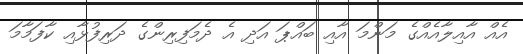
އެއް އާއިލާއެއްގެ މަންމަ އާއި ބައްޕަ އަދި އެ ދެމަފިރިންގެ ދަރިފުޅާއި ކާފަމާމަ